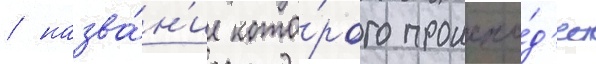
/ назва́н'ие кото́рого происхо́д'ит